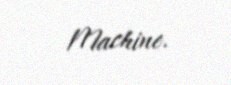
Machine.